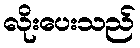
လိုးပေးသည်